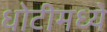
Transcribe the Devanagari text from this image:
धोटीमध्ये